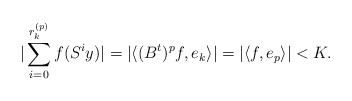
\begin{align*}\vert \sum_{i=0}^{r_k^{(p)}} f(S^iy) \vert = \vert \langle (B^t)^pf, e_k \rangle \vert = \vert \langle f, e_p \rangle \vert< K.\end{align*}